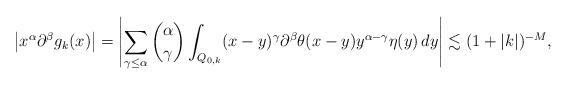
LaTeX: \begin{align*}\left| x^\alpha\partial^\beta g_k(x)\right|=\left|\sum_{\gamma\leq\alpha}\binom{\alpha}{\gamma}\int_{Q_{0,k}} (x-y)^{\gamma}\partial^\beta\theta(x-y)y^{\alpha-\gamma}\eta(y)\,dy\right|\lesssim(1+|k|)^{-M},\end{align*}